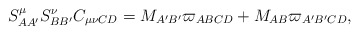
\begin{align*}S_{AA^{\prime }}^{\mu }S_{BB^{\prime }}^{\nu }C_{\mu \nu CD}=M_{A^{\prime}B^{\prime }}\varpi _{ABCD}+M_{AB}\varpi _{A^{\prime }B^{\prime }CD},\end{align*}